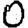
Digit: 0